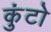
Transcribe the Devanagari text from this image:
कुंटो